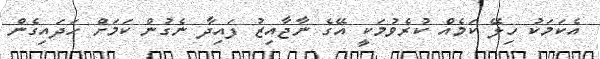
އެކަމަކު ހިލޭ ކަމެއް ކުރެވުމަކީ އޭގެ ނާޖާއިޒު ފައިދާ ނެގުން ކަމަށް ހަދައިގެން